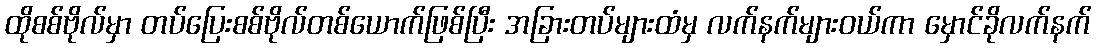
ထိုစစ်ဗိုလ်မှာ တပ်ပြေးစစ်ဗိုလ်တစ်ယောက်ဖြစ်ပြီး အခြားတပ်များထံမှ လက်နက်များဝယ်ကာ မှောင်ခိုလက်နက်